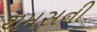
થમસની